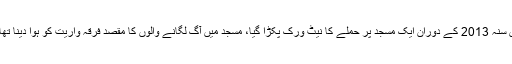
میجر جنرل آصف غفور کا کہنا تھا کہ راولپنڈی میں سنہ 2013 کے دوران ایک مسجد پر حملے کا نیٹ ورک پکڑا گیا، مسجد میں آگ لگانے والوں کا مقصد فرقہ واریت کو ہوا دینا تھا، مسجد پر حملہ کرنے والے اسی مسلک کے تھے۔